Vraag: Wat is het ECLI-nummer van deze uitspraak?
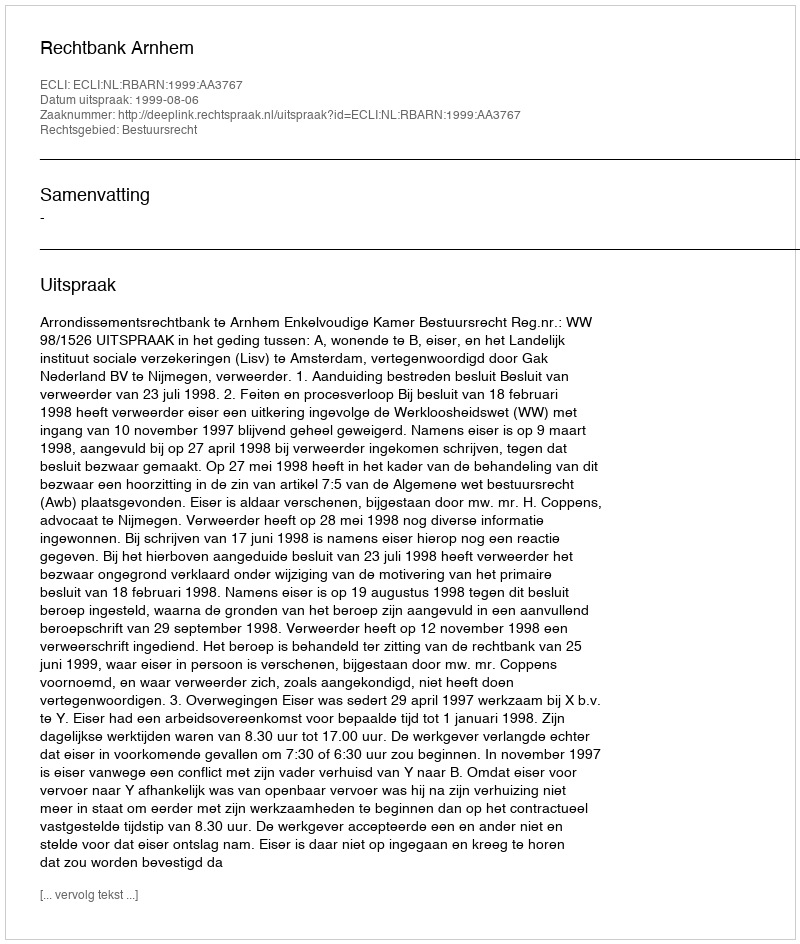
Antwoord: ECLI:NL:RBARN:1999:AA3767